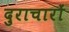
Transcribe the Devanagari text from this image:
दुराचारों